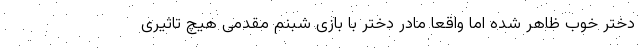
دختر خوب ظاهر شده اما واقعا مادر دختر با بازی شبنم مقدمی هیچ تاثیری